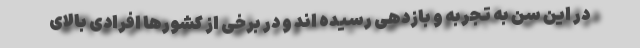
در این سن به تجربه و بازدهی رسیده اند و در برخی از کشورها افرادی بالای